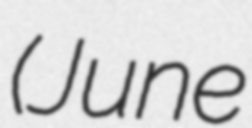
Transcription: (June